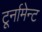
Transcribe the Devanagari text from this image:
टूर्नामेन्ट